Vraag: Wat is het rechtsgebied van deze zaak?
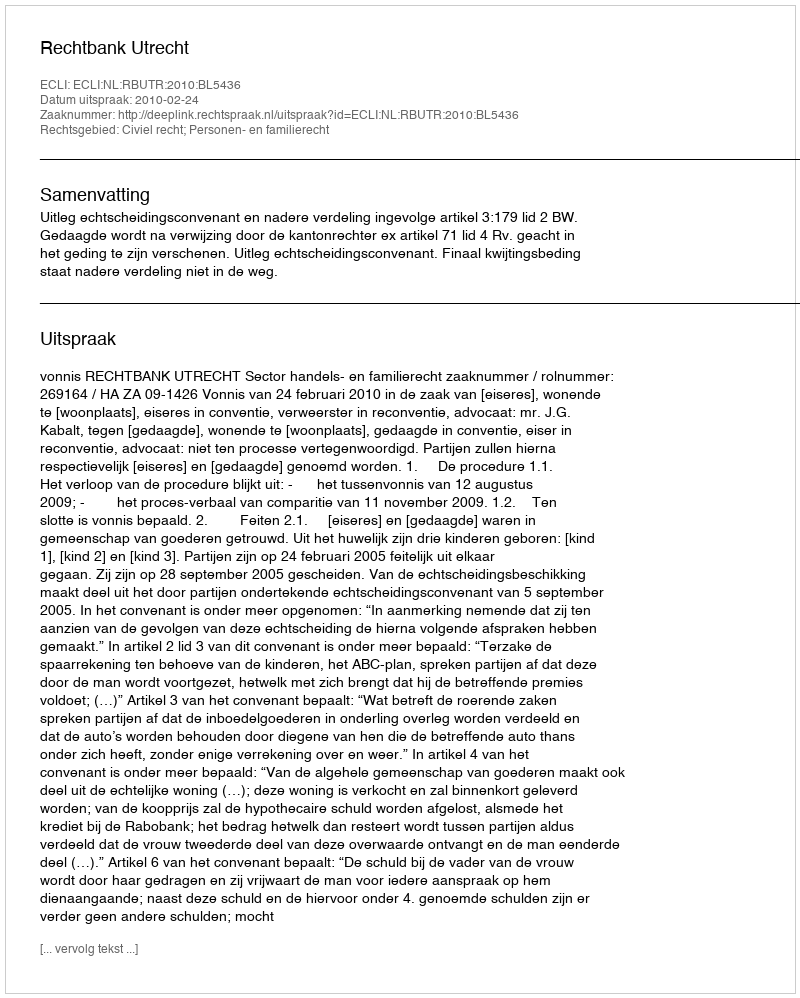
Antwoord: Civiel recht; Personen- en familierecht